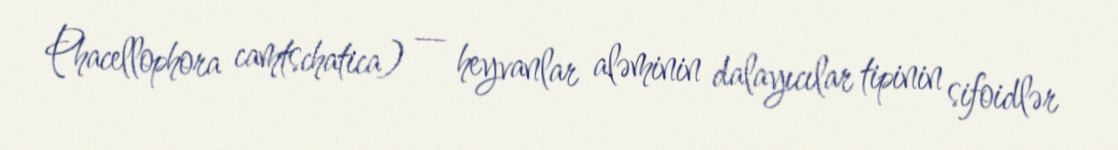
Phacellophora camtschatica) — heyvanlar aləminin dalayıcılar tipinin sifoidlər